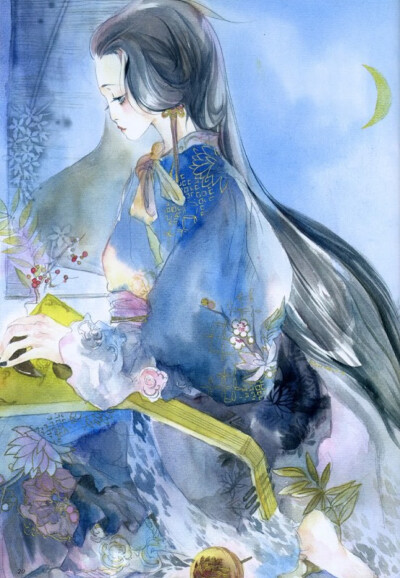
今宵剩把银釭照，犹恐相逢是梦中。